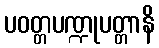
ပဝတ္တပဏ္ဍုပတ္တာနိ